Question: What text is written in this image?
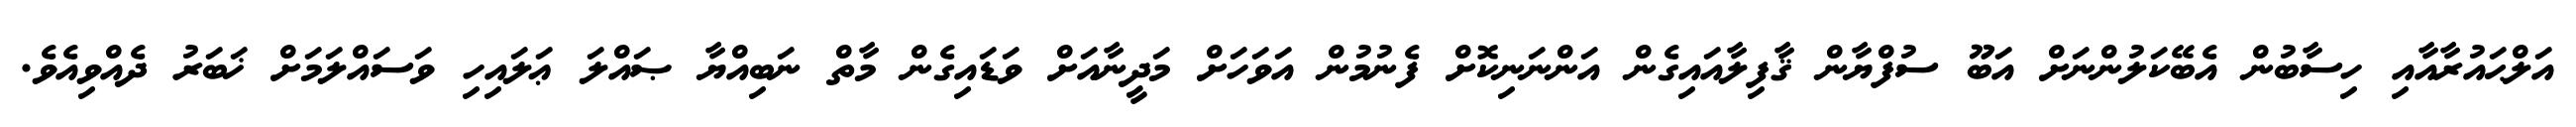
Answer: އަލްޙައުރާއާއި ހިސާބުން އެބޭކަލުންނަށް އަބޫ ސުފްޔާން ޤާފިލާއައިގެން އަންނަނިކޮށް ފެނުމުން އަވަހަށް މަދީނާއަށް ވަޑައިގެން މާތް ނަބިއްޔާ ޞައްލަ ޢަލައިހި ވަސައްލަމަށް ޚަބަރު ދެއްވިއެވެ.